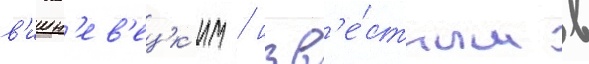
в'ишн'ев'ецк'им / изв'е́стным в